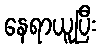
နေရာယူပြီး